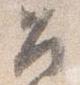
召